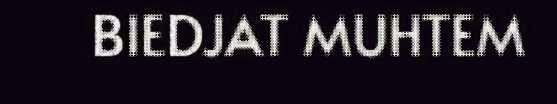
BIEDJAT MUHTEM